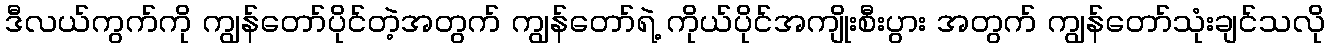
ဒီလယ်ကွက်ကို ကျွန်တော်ပိုင်တဲ့အတွက် ကျွန်တော်ရဲ့ ကိုယ်ပိုင်အကျိုးစီးပွား အတွက် ကျွန်တော်သုံးချင်သလို